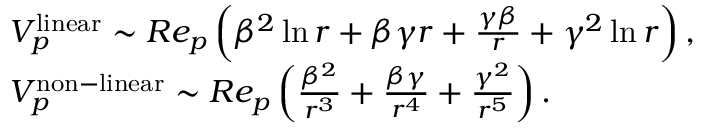
\begin{array} { r l } & { V _ { p } ^ { \mathrm { l i n e a r } } \sim R e _ { p } \left( \beta ^ { 2 } \ln r + \beta \gamma r + \frac { \gamma \beta } { r } + \gamma ^ { 2 } \ln r \right) , } \\ & { V _ { p } ^ { \mathrm { n o n - l i n e a r } } \sim R e _ { p } \left( \frac { \beta ^ { 2 } } { r ^ { 3 } } + \frac { \beta \gamma } { r ^ { 4 } } + \frac { \gamma ^ { 2 } } { r ^ { 5 } } \right) . } \end{array}